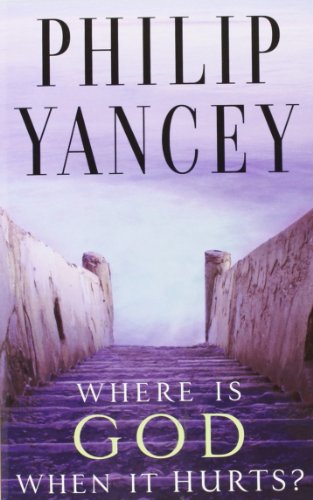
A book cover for Where Is God When It Hurts?; Philip Yancey; Parenting & Relationships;